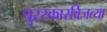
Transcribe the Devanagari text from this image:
पुरस्कारविजत्या